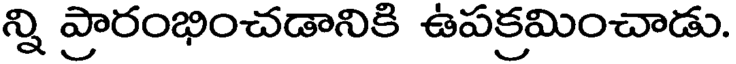
న్ని ప్రారంభించడానికి ఉపక్రమించాడు.